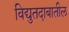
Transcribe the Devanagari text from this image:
विद्युतदाबातील